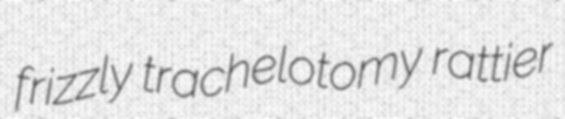
frizzly trachelotomy rattier